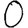
Digit: 0